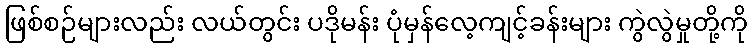
ဖြစ်စဉ်များလည်း လယ်တွင်း ပဒိုမန်း ပုံမှန်လေ့ကျင့်ခန်းများ ကွဲလွဲမှုတို့ကို